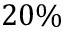
2 0 \%